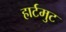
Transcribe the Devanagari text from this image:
हार्टमुट